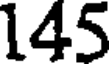
145